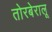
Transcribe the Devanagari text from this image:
तोरबेरालू